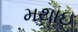
મથાઇ